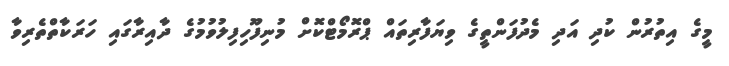
މީގެ އިތުރުން ކުދި އަދި މެދުފަންތީގެ ވިޔަފާރިތައް ޕްރޮމޯޓްކޮށް މުނިފޫހިފިލުވުމުގެ ދާއިރާގައި ހަރަކާތްތެރިވާ